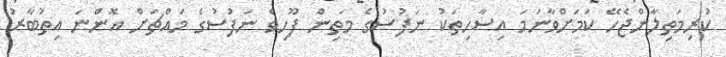
ކުރިމަތިލާންޖެހޭ ކަމަށްވާނަމަ އިސާހިތަކު ނަފުސުގެ މަތިން ފޫހިވެ ނަފުސުގެ މައްޗަށް އޮންނަ އިތުބާރު